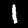
Label: 1